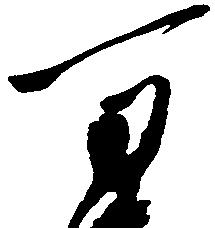
万